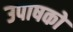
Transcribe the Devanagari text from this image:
उपाषकों